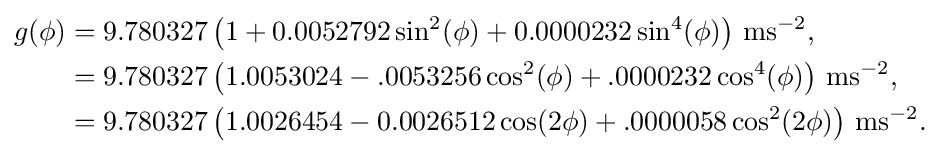
{\begin{aligned}g(\phi )&=9.780327\left(1+0.0052792\sin ^{2}(\phi )+0.0000232\sin ^{4}(\phi )\right)\,\mathrm {ms} ^{-2},\\&=9.780327\left(1.0053024-.0053256\cos ^{2}(\phi )+.0000232\cos ^{4}(\phi )\right)\,\mathrm {ms} ^{-2},\\&=9.780327\left(1.0026454-0.0026512\cos(2\phi )+.0000058\cos ^{2}(2\phi )\right)\,\mathrm {ms} ^{-2}.\end{aligned}}\,\!